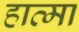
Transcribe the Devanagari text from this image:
हात्मा